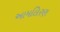
આમલિરણ